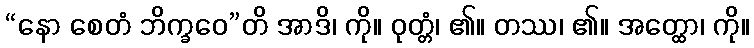
“နော စေတံ ဘိက္ခဝေ”တိ အာဒိ၊ ကို။ ဝုတ္တံ၊ ၏။ တဿ၊ ၏။ အတ္ထော၊ ကို။